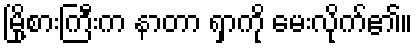
မြို့စားကြီးက နာတာ ရှာကို မေးလိုက်၏။